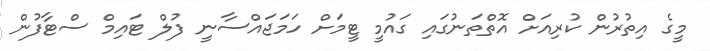
މީގެ އިތުރުން ކުރިއަށް އޮތްތަނުގައި ގައުމީ ޓީމަށް ހަމަޖައްސާނީ ފުލް ޓައިމް ސްޓާފުން